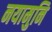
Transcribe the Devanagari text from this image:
नयामुनि